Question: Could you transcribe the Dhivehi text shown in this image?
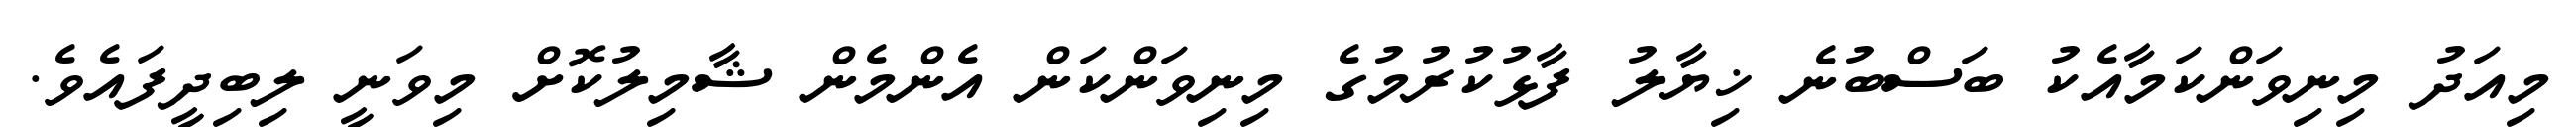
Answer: މިއަދު މިނިވަންކަމާއެކު ބަސްބުނެ ޚިޔާލު ފާޅުކުރުމުގެ މިނިވަންކަން އެންމެން ޝާމިލުކޮށް މިވަނީ ލިބިދީފައެވެ.